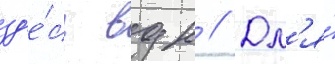
зд'е́сь вдк // Дл'я́